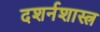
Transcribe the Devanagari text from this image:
दशर्नशास्त्र